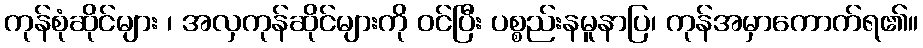
ကုန်စုံဆိုင်များ ၊ အလှကုန်ဆိုင်များကို ဝင်ပြီး ပစ္စည်းနမူနာပြ၊ ကုန်အမှာကောက်ရ၏။